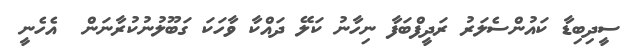
ސީދިބިޑާ ކައުންސެލަރު ރަދީފްބަފާ ނިހާނު ކަލޭ ދައްކާ ވާހަކަ ގަބޫލުނުކުރާނަން  އެހެނީ